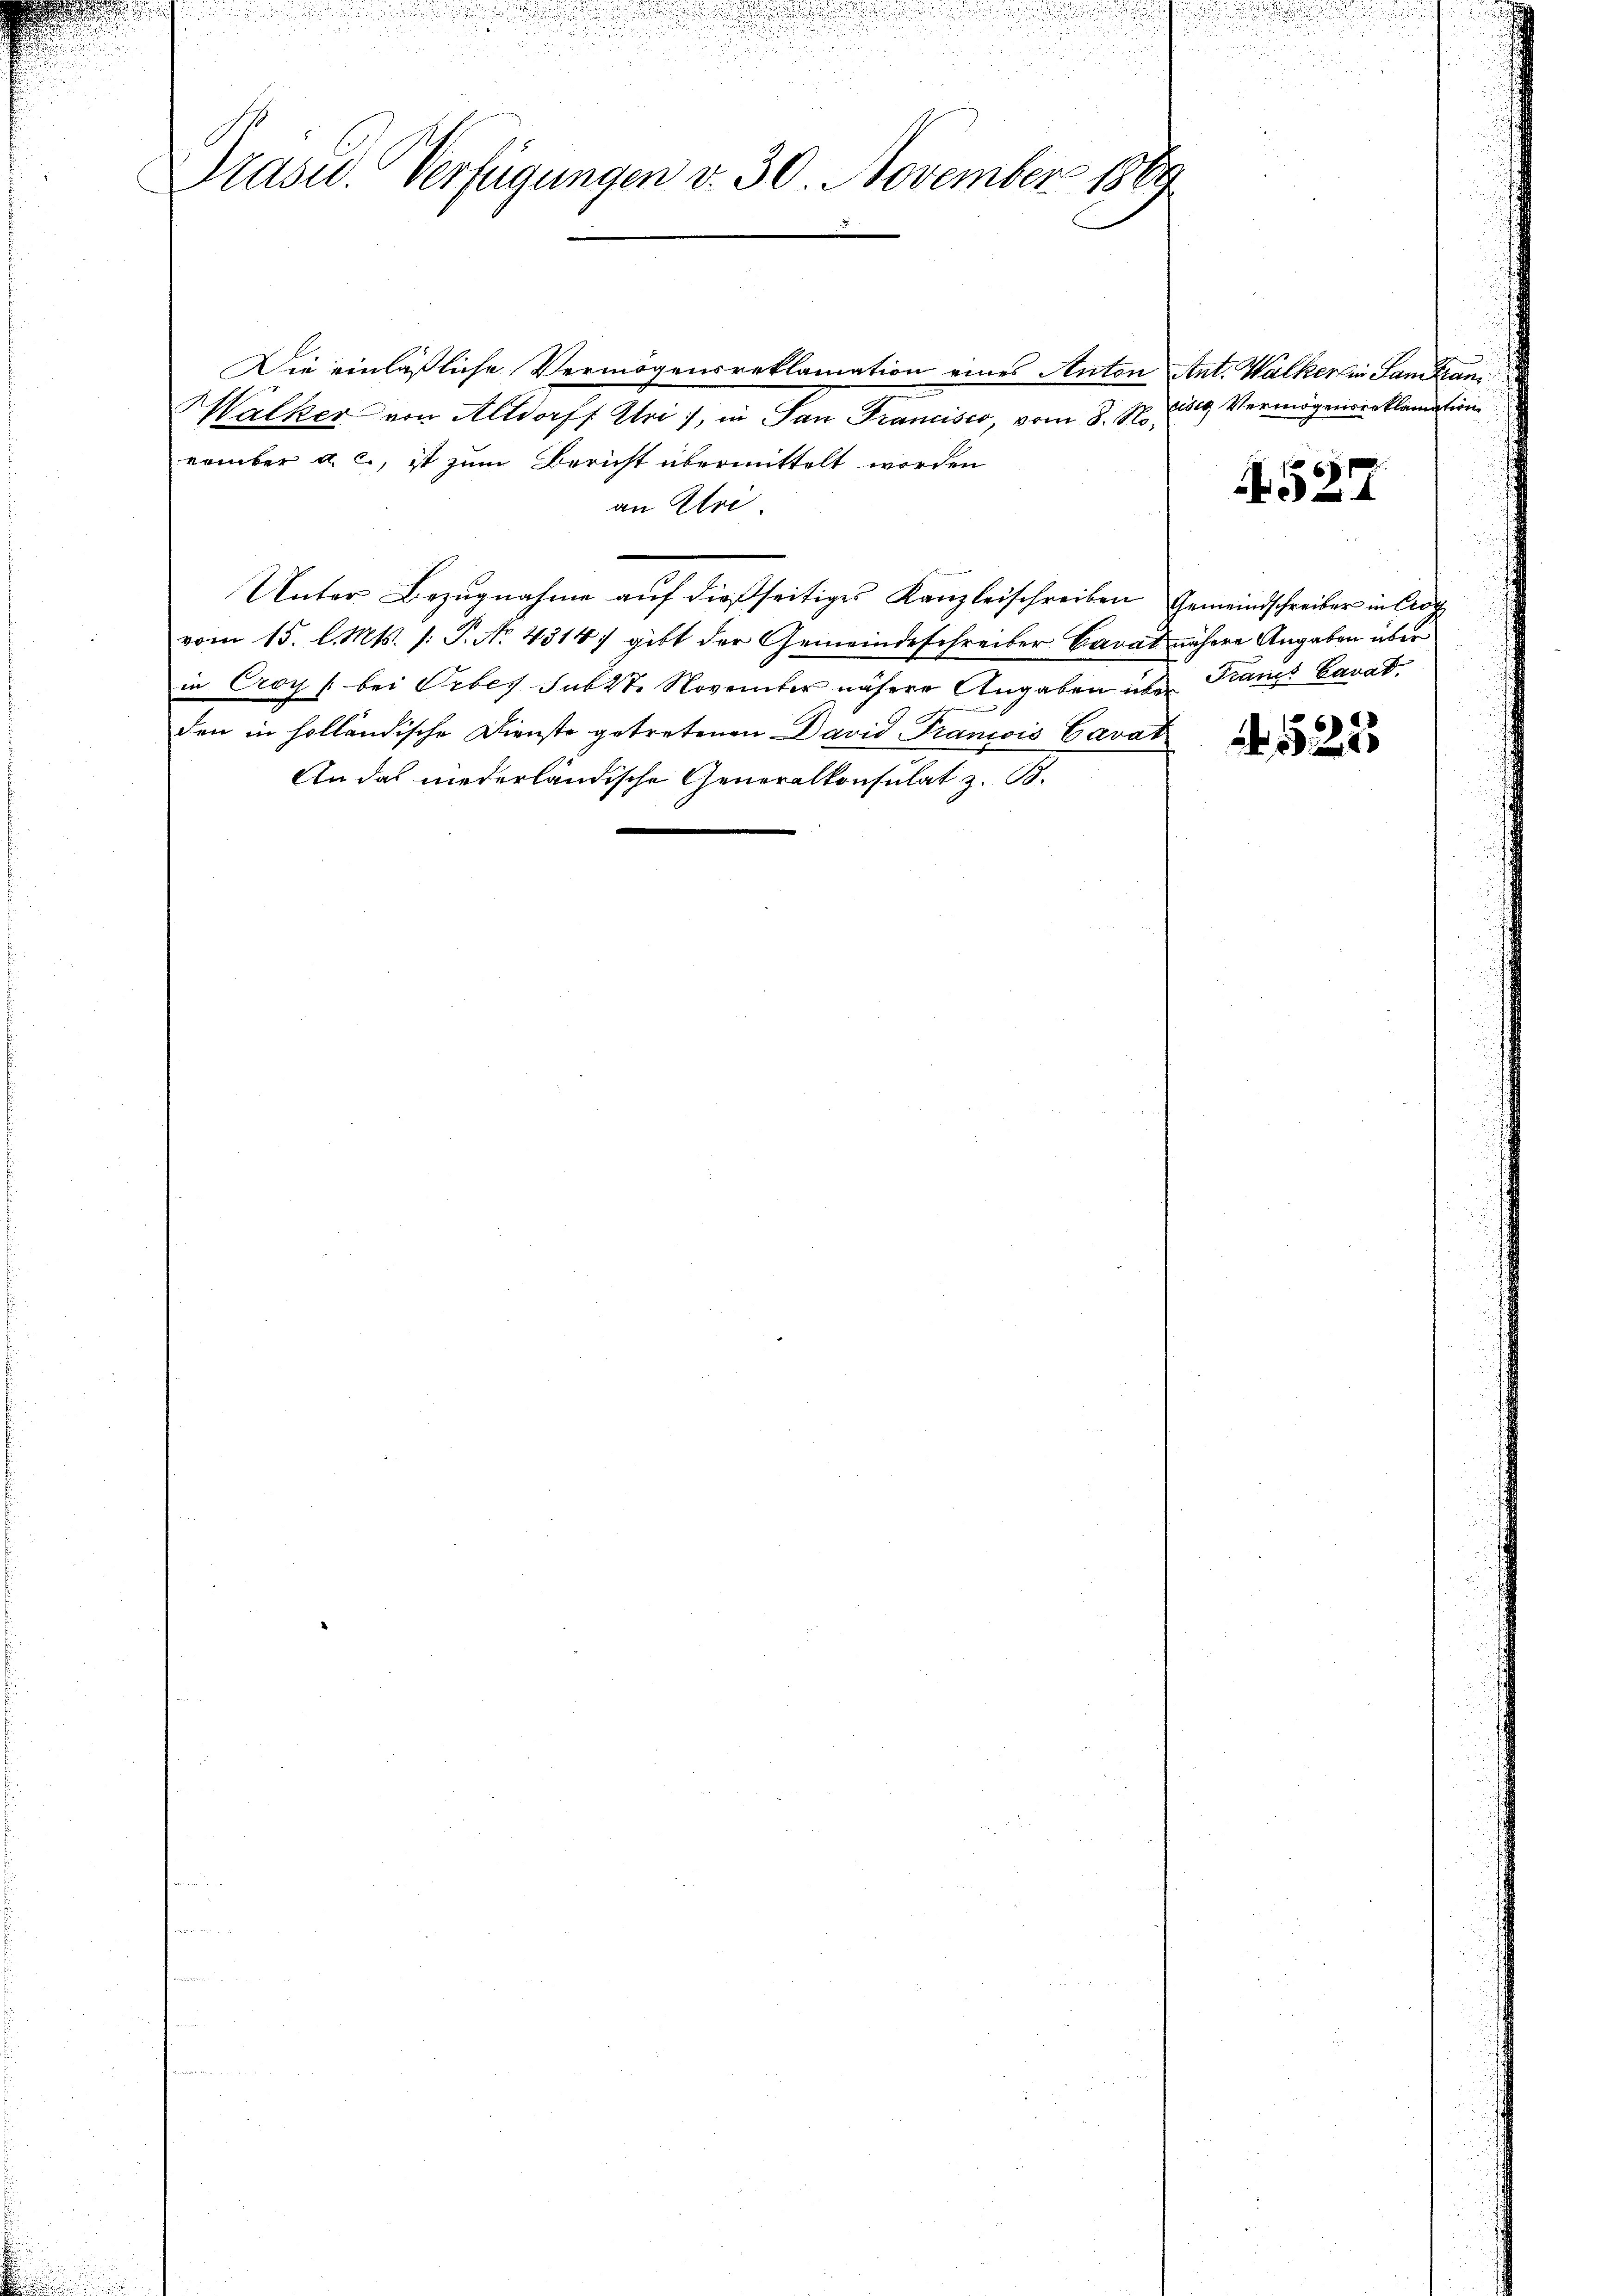
Drasid. Verfügungen v. 30. November 1889

Die einläßliche Vermögensreklamation eines Anton Ant. Walker in Samtan
HWalker von Altdorff Uri, in San Francisco, vom 8. November a. c., ist zum Bericht übermittelt worden
an Eri
Unter Bezugnahme auf dießseitiges Kanzleischreiben Gemeindschreiber in Cro
vom 15. l. Mts. (: P. No 4314, gibt der Gemeindeschreiber Cavat nähere Angaben über
in Croy /: bei debes Subst. November nähere Angaben über Francs Cavat
den in holländische Dienste getretenen David Francois Cavat
An das niederländische Generalkonsulat z. B.

eg Vermögensreklamation

527

225